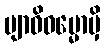
ဗျာဓိဓမ္မောမှိ